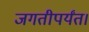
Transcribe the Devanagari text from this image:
जगतीपर्यंत।